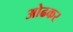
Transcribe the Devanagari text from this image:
ओढकर